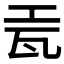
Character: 𬎥